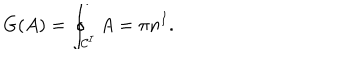
LaTeX: G ( A ) = \oint _ { { \cal C } ^ { I } } A = \pi n ^ { I } .